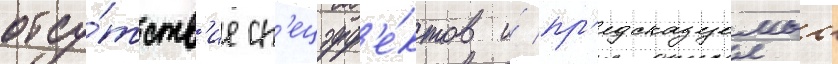
отсу́тств'ие сп'ецэфф'е́ктов и́ пр'едсказуемыи